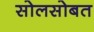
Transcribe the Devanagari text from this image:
सोलसोबत